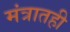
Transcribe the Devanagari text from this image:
मंत्रातही